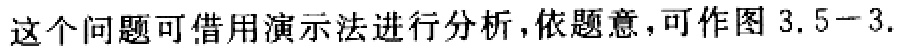
这个问题可借用演示法进行分析，依题意，可作图 3.5−3.